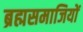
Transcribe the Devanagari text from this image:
ब्रह्मसमाजियों